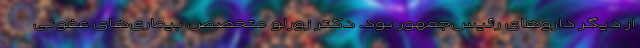
از دیگر داروهای رئیس‌جمهور بود. دکتر زورلو متخصص بیماری‌های عفونی